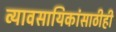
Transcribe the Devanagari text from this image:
व्यावसायिकांसाठीही